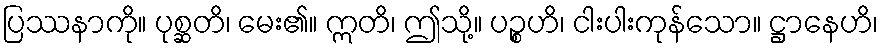
ပြဿနာကို။ ပုစ္ဆတိ၊ မေး၏။ ဣတိ၊ ဤသို့။ ပဉ္စဟိ၊ ငါးပါးကုန်သော။ ဋ္ဌာနေဟိ၊